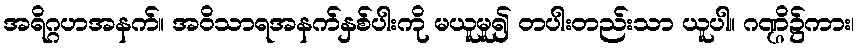
အရိဂ္ဂဟအနက်။ အဝိသာရအနက်နှစ်ပါးကို မယူမူ၍ တပါးတည်းသာ ယူပါ။ ဂဏ္ဌိ၌ကား၊